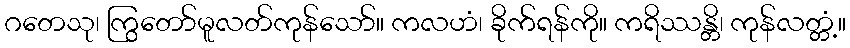
ဂတေသု၊ ကြွတော်မူလတ်ကုန်သော်။ ကလဟံ၊ ခိုက်ရန်ကို။ ကရိဿန္တိ၊ ကုန်လတ္တံ့။